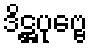
ဒိဋ္ဌပုဗ္ဗေ